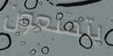
يتمتعون